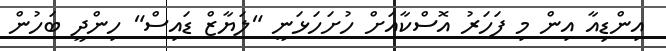
އިންޑިއާ އިން މި ފަހަރު އޮސްކާއަށް ހުށަހަޅަނީ "ލަޔާޒް ޑައިސް" ހިންދީ ބަހުން